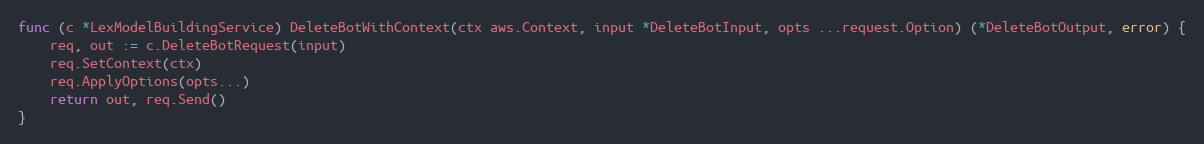
Language: Go
func (c *LexModelBuildingService) DeleteBotWithContext(ctx aws.Context, input *DeleteBotInput, opts ...request.Option) (*DeleteBotOutput, error) {
	req, out := c.DeleteBotRequest(input)
	req.SetContext(ctx)
	req.ApplyOptions(opts...)
	return out, req.Send()
}